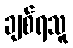
ချစ်ရသူ